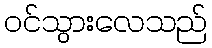
ဝင်သွားလေသည်